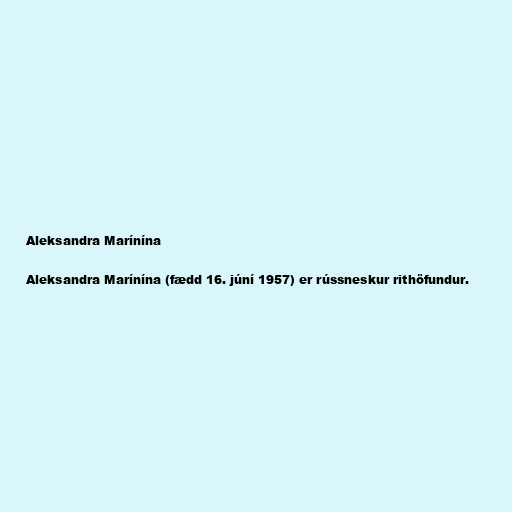
Aleksandra Marínína

Aleksandra Marínína (fædd 16. júní 1957) er rússneskur rithöfundur.